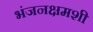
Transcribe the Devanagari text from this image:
भंजनक्षमशी